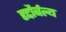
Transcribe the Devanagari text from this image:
हृद्दौर्बल्य